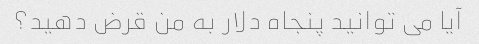
آیا می توانید پنجاه دلار به من قرض دهید؟